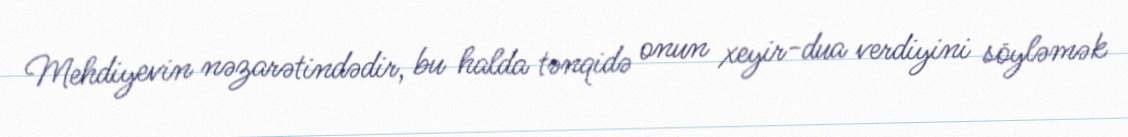
Mehdiyevin nəzarətindədir, bu halda tənqidə onun xeyir-dua verdiyini söyləmək